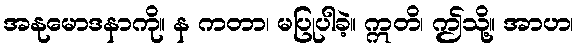
အနုမောဒနာကို။ န ကတာ၊ မပြုပါခဲ့။ ဣတိ၊ ဤသို့။ အာဟ၊